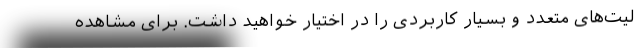
لیت‌های متعدد و بسیار کاربردی را در اختیار خواهید داشت. برای مشاهده